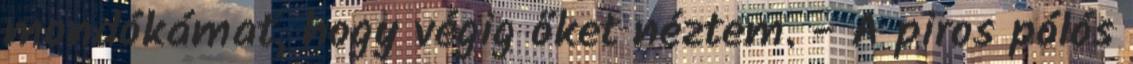
mondókámat, hogy végig őket néztem. - A piros pólós